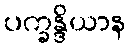
ပက္ခန္ဒိယာန